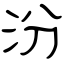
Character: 汾